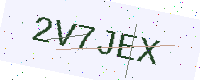
Text: 2V7JEX